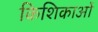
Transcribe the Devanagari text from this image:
किशिकाओं